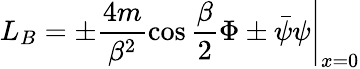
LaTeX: L_{B}=\left.\pm\frac{4m}{\beta^{2}}\cos\frac{\beta}{2}\Phi\pm\bar{\psi}\psi\right|_{x=0}